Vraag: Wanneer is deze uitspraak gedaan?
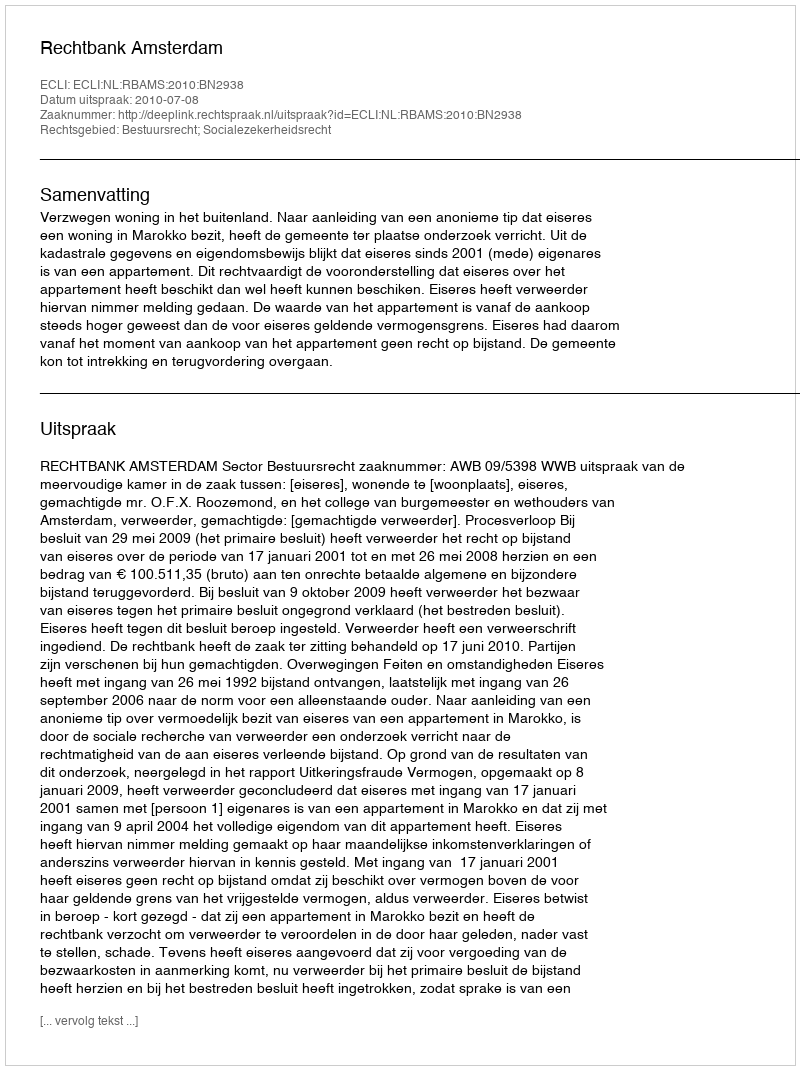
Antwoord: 2010-07-08